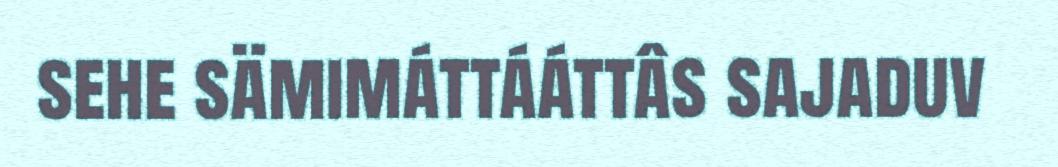
sehe sämimáttááttâs sajaduv